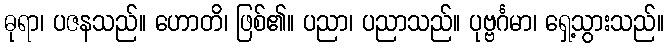
ဓုရာ၊ ပဇနသည်။ ဟောတိ၊ ဖြစ်၏။ ပညာ၊ ပညာသည်။ ပုဗ္ဗင်္ဂမာ၊ ရှေ့သွားသည်။